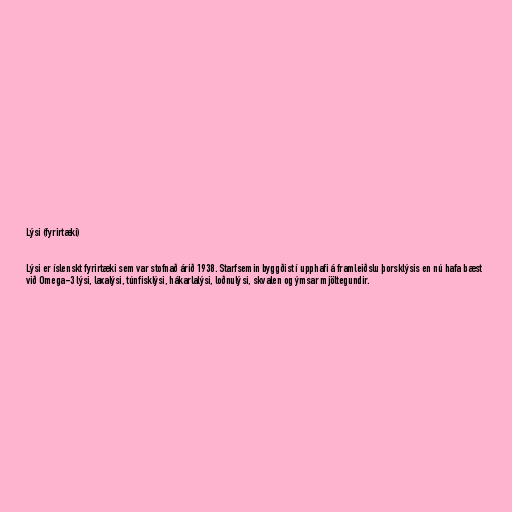
Lýsi (fyrirtæki)

Lýsi er íslenskt fyrirtæki sem var stofnað árið 1938. Starfsemin byggðist í upphafi á framleiðslu þorsklýsis en nú hafa bæst
við Omega-3 lýsi, laxalýsi, túnfisklýsi, hákarlalýsi, loðnulýsi, skvalen og ýmsar mjöltegundir.